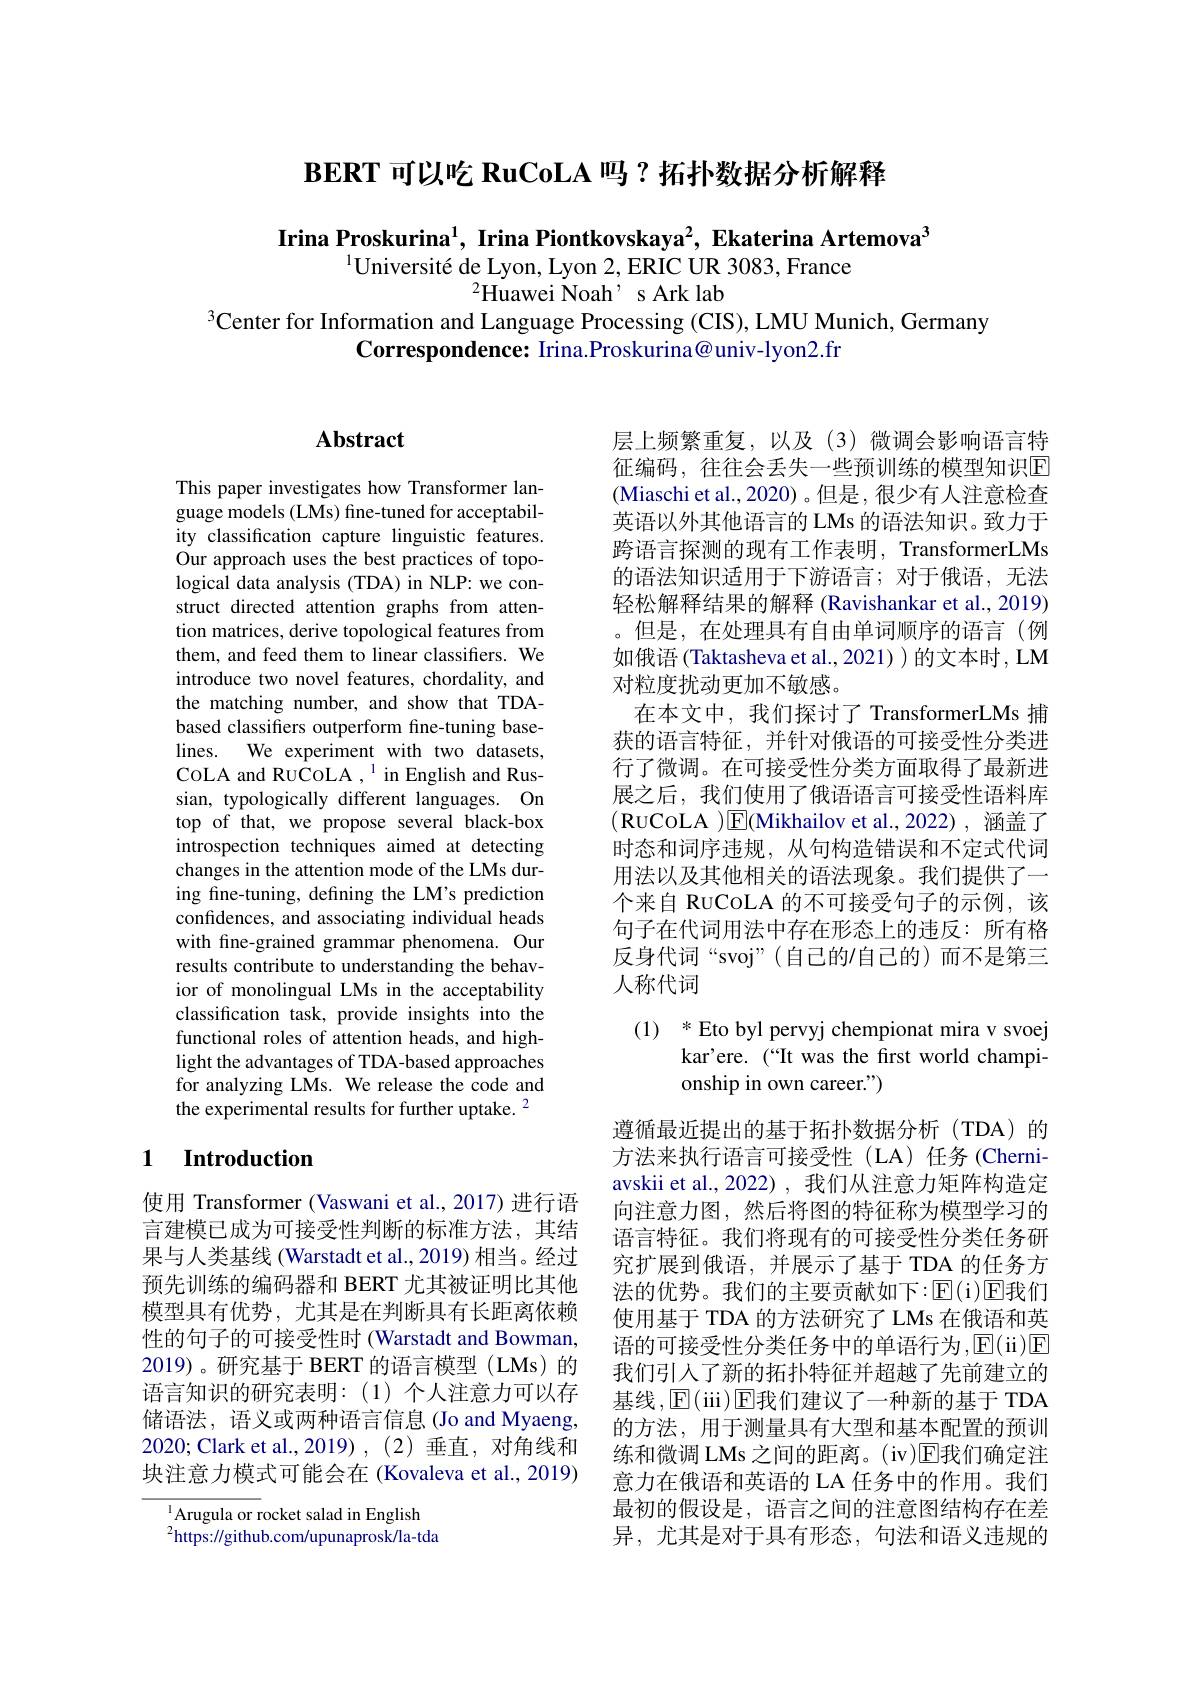
$\textbf{BERT 可 以 吃 RuCoLA 吗 ? 拓 扑 数 据 分 析 解 释 }$

Irina Proskurina$^{1}$, Irina Piontkovskaya$^{2}$, Ekaterina Artemova$^{3}$
$^{1}$Université de Lyon, Lyon 2, ERIC UR 3083, France
$^{2}$Huawei Noah' s Ark lab
$^{3}$Center for Information and Language Processing (CIS), LMU Munich, Germany

Correspondence: Irina.Proskurina@univ-lyon2.fr

# Abstract

This paper investigates how Transformer language models (LMs) fine-tuned for acceptability classification capture linguistic features. Our approach uses the best practices of topological data analysis (TDA) in NLP: we construct directed attention graphs from attention matrices, derive topological features from them, and feed them to linear classifiers. We introduce two novel features, chordality, and the matching number, and show that TDAbased classifiers outperform fine-tuning baselines. We experiment with two datasets, COLA and RUCOLA ,$^1$ in English and Russian, typologically different languages. On top of that, we propose several black-box introspection techniques aimed at detecting changes in the attention mode of the LMs during fine-tuning, defining the LM's prediction confidences, and associating individual heads with fine-grained grammar phenomena. Our results contribute to understanding the behavior of monolingual LMs in the acceptability classification task, provide insights into the functional roles of attention heads, and highlight the advantages of TDA-based approaches for analyzing LMs. We release the code and the experimental results for further uptake. $^{2}$

## 1 $\textbf{Introduction}$

使用 Transformer (Vaswani et al.,2017)进行语言建模已成为可接受性判断的标准方法，其结果与人类基线 (Warstadt et al., 2019) 相当。经过预先训练的编码器和 BERT 尤其被证明比其他模型具有优势，尤其是在判断具有长距离依赖性的句子的可接受性时(Warstadt and Bowman, 2019)。研究基于 BERT 的语言模型(LMs)的语言知识的研究表明：(1)个人注意力可以存储语法，语义或两种语言信息 (Jo and Myaeng, 2020; Clark et al.,2019),(2)垂直，对角线和块注意力模式可能会在 (Kovaleva et al., 2019)

$^{1}$Arugula or rocket salad in English $^{2}$https://github.com/upunaprosk/la-tda

层上频繁重复，以及(3)微调会影响语言特征编码，往往会丢失一些预训练的模型知识E (Miaschi et al., 2020)。但是，很少有人注意检查英语以外其他语言的 LMs 的语法知识。致力于跨语言探测的现有工作表明，TransformerLMs 的语法知识适用于下游语言；对于俄语，无法轻松解释结果的解释 (Ravishankar et al., 2019) 。但是，在处理具有自由单词顺序的语言(例如俄语 (Taktasheva et al., 2021) )的文本时，LM 对粒度扰动更加不敏感。
在本文中，我们探讨了 TransformerLMs 捕获的语言特征，并针对俄语的可接受性分类进行了微调。在可接受性分类方面取得了最新进展之后，我们使用了俄语语言可接受性语料库(RuCoLA )$\boxed{\mathrm{E}}($Mikhailov et al.,2022),\:涵盖了时态和词序违规，从句构造错误和不定式代词用法以及其他相关的语法现象。我们提供了一个来自 RuCoLA 的不可接受句子的示例，该句子在代词用法中存在形态上的违反：所有格反身代词“svoj”(自己的/自己的)而不是第三人称代词

(1) *Eto byl pervyj chempionat mira v svoej

kar'ere. (“ " It was the first world champi-

onship in own career.")

遵循最近提出的基于拓扑数据分析(TDA)的方法来执行语言可接受性(LA)任务(Cherniavskii et al., 2022) , 我们从注意力矩阵构造定向注意力图，然后将图的特征称为模型学习的语言特征。我们将现有的可接受性分类任务研究扩展到俄语，并展示了基于 TDA 的任务方法的优势。我们的主要贡献如下：$\operatorname { E} ($i$) \operatorname { E}$我们使用基于 TDA 的方法研究了 LMs 在俄语和英语的可接受性分类任务中的单语行为，E(ii)E 我们引人了新的拓扑特征并超越了先前建立的基线，E(iii)E我们建议了一种新的基于 TDA 的方法，用于测量具有大型和基本配置的预训练和微调 LMs 之间的距离。(iv)$\mathbb{E}$我们确定注意力在俄语和英语的 LA 任务中的作用。我们最初的假设是，语言之间的注意图结构存在差异，尤其是对于具有形态，句法和语义违规的